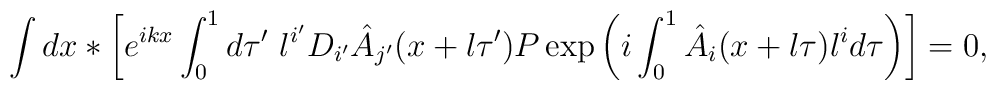
\int dx \ast \biggl[e^{ikx} \int_0^1 d\tau'~l^{i'} D_{i'} \hat{A}_{j'} (x + l \tau')P \exp \left(i \int_0^1 \hat{A}_i ( x+l \tau) l^i d \tau \right)\biggr] =0,